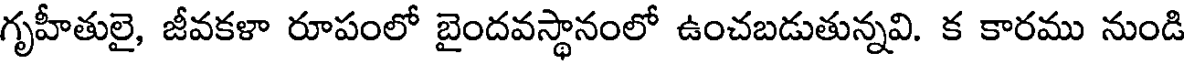
గృహీతులై, జీవకళా రూపంలో బైందవస్థానంలో ఉంచబడుతున్నవి. క కారము నుండి